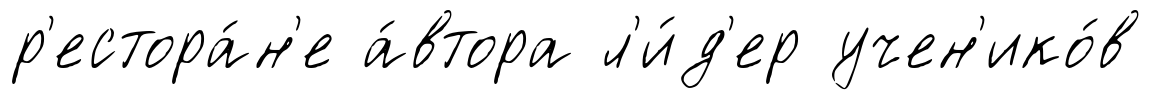
р'естора́н'е а́втора л'и́д'ер учен'ико́в